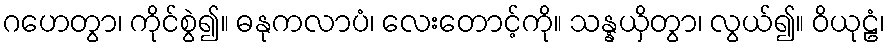
ဂဟေတွာ၊ ကိုင်စွဲ၍။ ဓနုကလာပံ၊ လေးတောင့်ကို။ သန္နယှိတွာ၊ လွယ်၍။ ဝိယုဠံ၊